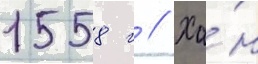
1558 г // Ха́н